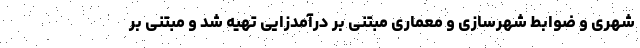
شهری و ضوابط شهرسازی و معماری مبتنی بر درآمدزایی تهیه شد و مبتنی بر